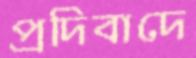
প্রদিবাদে